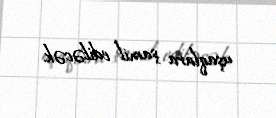
uşaqlara şamil ediləcək.